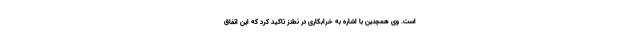
است. وی همچنین با اشاره به خرابکاری در نطنز تاکید کرد که این اتفاق